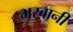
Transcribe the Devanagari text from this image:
भरवानी